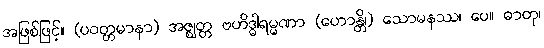
အဖြစ်ဖြင့်။ (ပဝတ္တမာနာ) အဇ္ဈတ္တ ဗဟိဒ္ဓါရမ္မဏာ (ဟောန္တိ၊) သောမနဿ၊ ပေ။ ဓာတု၊